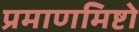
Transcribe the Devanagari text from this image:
प्रमाणमिष्टो